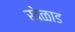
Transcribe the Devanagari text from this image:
खेळाड